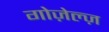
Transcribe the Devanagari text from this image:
गोज़ेल्ज़